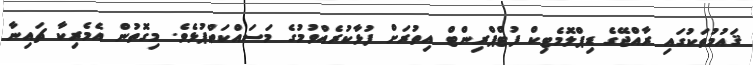
ޤައުމުތަކުގައި ރާއްޖޭގެ ޑިޕްލޮމެޓިކް ފުޓްޕްރިންޓް އިތުރަށް ފުޅާކުރެއްވުމުގެ މަސައްކަތްޕުޅެވެ. މިގޮތުން އެމެރިކާ ޗައިނާ